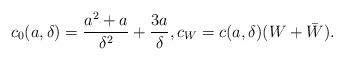
LaTeX: \begin{align*}c_0(a, \delta)={a^2+a\over \delta^2}+{3 a\over\delta}, c_{W}=c(a,\delta)(W+\bar W).\end{align*}